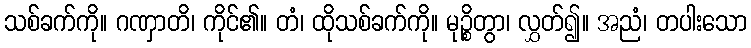
သစ်ခက်ကို။ ဂဏှာတိ၊ ကိုင်၏။ တံ၊ ထိုသစ်ခက်ကို။ မုဉ္စိတွာ၊ လွှတ်၍။ အညံ၊ တပါးသော